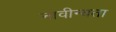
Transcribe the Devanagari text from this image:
नावीन्यता